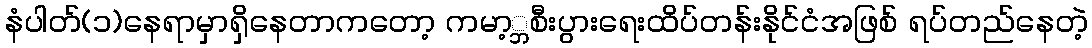
နံပါတ်(၁)နေရာမှာရှိနေတာကတော့ ကမာ့္ဘစီးပွားရေးထိပ်တန်းနိုင်ငံအဖြစ် ရပ်တည်နေတဲ့